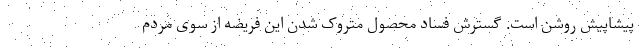
پیشاپیش روشن است. گسترش فساد محصول متروک شدن این فریضه از سوی مردم